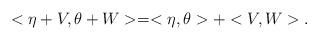
LaTeX: \begin{align*} <\eta+V,\theta +W>=<\eta,\theta>+<V,W>.\end{align*}